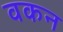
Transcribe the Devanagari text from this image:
वकन